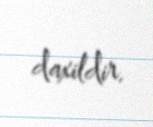
daxildir.